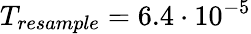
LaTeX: T_{resample}=6.4\cdot 10^{-5}